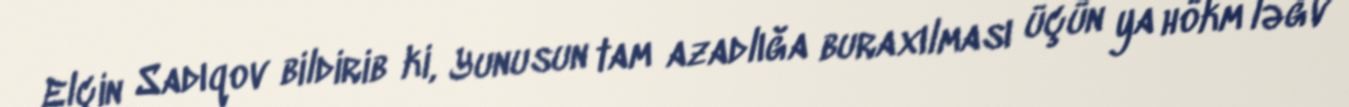
Elçin Sadıqov bildirib ki, Yunusun tam azadlığa buraxılması üçün ya hökm ləğv